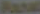
Panal